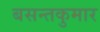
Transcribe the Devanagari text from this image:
बसन्तकुमार